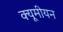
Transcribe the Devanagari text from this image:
क्यूमीयन